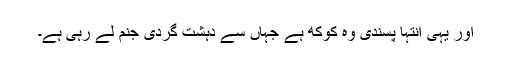
اور یہی انتہا پسندی وہ کوکھ ہے جہاں سے دہشت گردی جنم لے رہی ہے۔